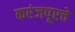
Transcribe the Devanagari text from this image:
करंजपूरचे